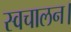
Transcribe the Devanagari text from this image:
स्वचालन।